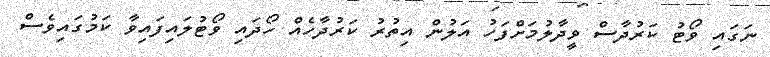
ނަގައި ވޯޓު ކަރުދާސް ވީދާލުމަށްފަހު އަލުން އިތުރު ކަރުދާހެއް ހޯދައި ވޯޓުލައިފައިވާ ކަމުގައިވެސް